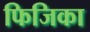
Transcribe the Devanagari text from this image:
फिजिका